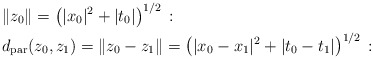
\begin{align*} &\|z_0\|=\left(|x_0|^2+|t_0|\right)^{1/2}\,:\, \\ &d_{\rm par}(z_0,z_1)=\|z_0-z_1\|=\left(|x_0-x_1|^2+|t_0-t_1|\right)^{1/2}\,:\,\end{align*}